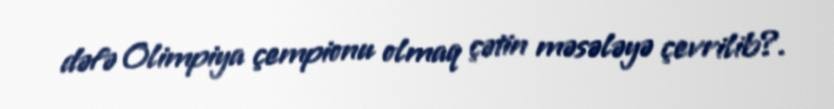
dəfə Olimpiya çempionu olmaq çətin məsələyə çevrilib?.